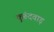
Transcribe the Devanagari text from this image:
कुरूंदवाड़